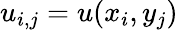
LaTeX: u_{i,j}=u(x_{i},y_{j})